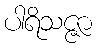
ပါရိသဇ္ဇာ